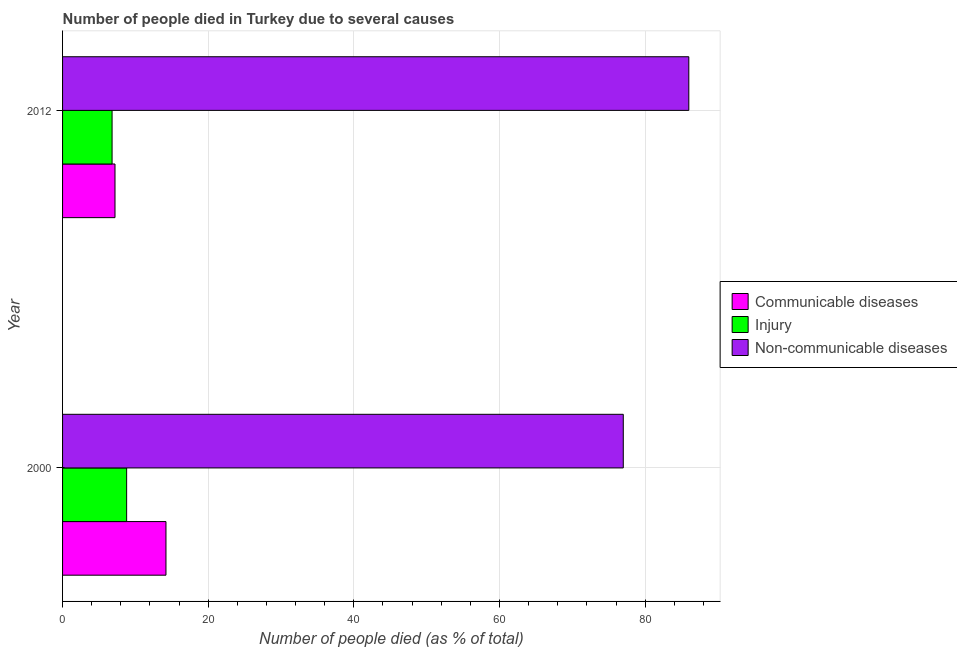
| Year | Communicable diseases | Injury | Non-communicable diseases |
 | --- | --- | --- | --- |
 | 2000 | 14.2 | 8.8 | 77 |
 | 2012 | 7.2 | 6.8 | 86 |